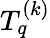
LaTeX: T_{q}^{(k)}